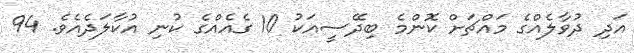
އަދި ދުވާލެއްގެ މައްޗަށް ކޮންމެ ބިދޭސީއަކު 10 ގެއެއްގެ ކުނި އުކާލަދެއެވެ. 94